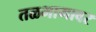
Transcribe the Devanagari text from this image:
तळभागावर